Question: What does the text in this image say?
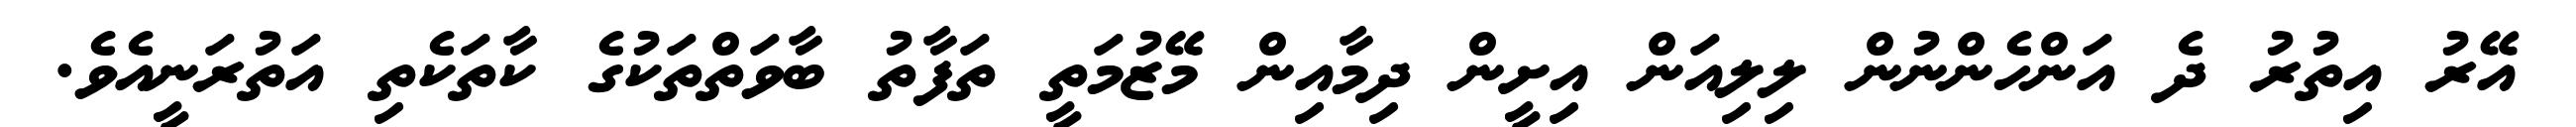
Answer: އޭރު އިތުރު ދެ އަންހެންނުން ލިލިއަން އިށީން ދިމާއިން މޭޒުމަތީ ތަފާތު ބާވަތްތަކުގެ ކާތަކެތި އަތުރަނީއެވެ.